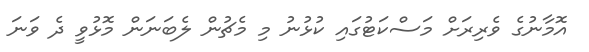
އޮމާނުގެ ވެރިރަށް މަސްކަޓުގައި ކުޅުނު މި މެޗުން ލެބަނަން މޮޅުވީ ދެ ވަނަ